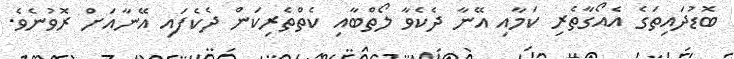
ބޮޑުދައިތަގެ އެއޯގާތެރި ކަމާއި އޭނާ ދެކެވާ ލޯތްބާއި ކެތްތެރިކަން ދެކެފައި އޭނާއަށް ރޮވުނެވެ.